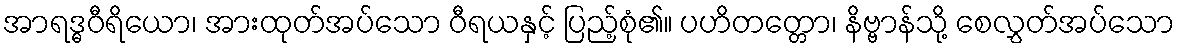
အာရဒ္ဓဝီရိယော၊ အားထုတ်အပ်သော ဝီရယနှင့် ပြည့်စုံ၏။ ပဟိတတ္တော၊ နိဗ္ဗာန်သို့ စေလွှတ်အပ်သော